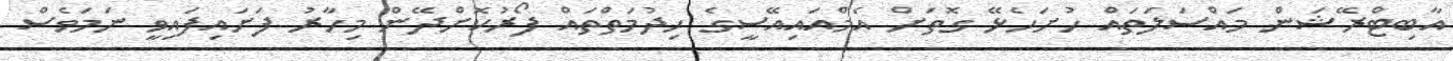
އާބިޓްރޭޝަން މައްސަލަތައް ހުށަހެޅޭ ގޮތަށް އެމްއައިއޭސީގެ ހިދުމަތްތައް ފޯރުކޮށްދޭން މިހާރު ފަށައިފައިވީ ނަމަވެސް